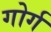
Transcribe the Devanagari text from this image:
गोर्ग